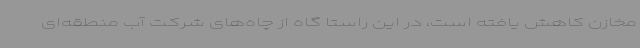
مخازن کاهش یافته است، در این راستا گاه از چاه‌های شرکت آب منطقه‌ای